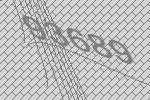
93689